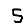
Digit: 5